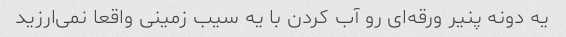
یه دونه پنیر ورقه‌ای رو آب کردن با یه سیب زمینی واقعا نمی‌ارزید